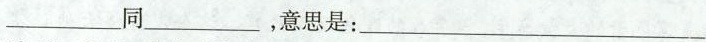
___同___，意思是：___